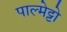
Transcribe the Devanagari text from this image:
पाल्मेट्टो